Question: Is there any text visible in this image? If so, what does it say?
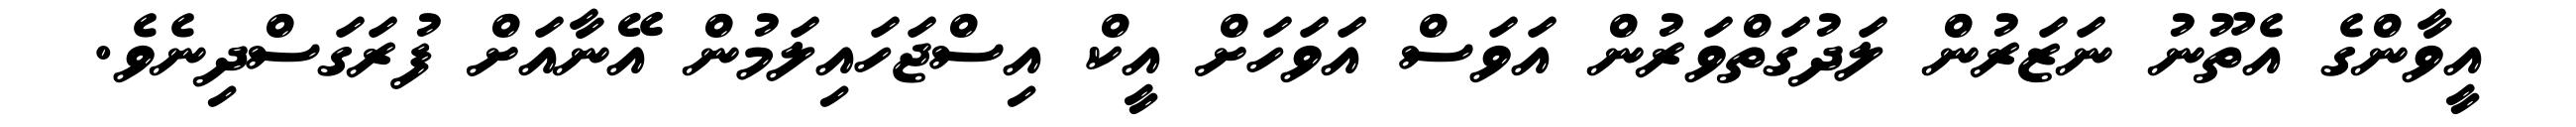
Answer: އީވާންގެ އެތޫނު ނަޒަރުން ލަދުގަތްވަރުން އަވަސް އަވަހަށް އީކް އިސްޖަހައިލަމުން އޭނާއަށް ފުރަގަސްދިނެވެ.